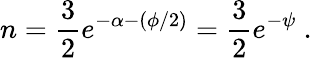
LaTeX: n=\frac{3}{2}e^{-\alpha-(\phi/2)}=\frac{3}{2}e^{-\psi}\ .